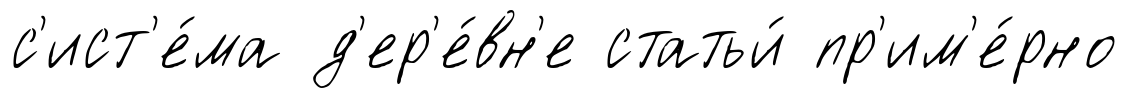
с'ист'е́ма д'ер'е́вн'е статьи́ пр'им'е́рно